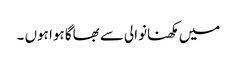
میں مکھنانوالی سے بھاگا ہوا ہوں ۔